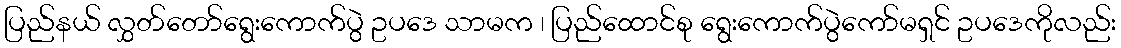
ပြည်နယ် လွှတ်တော်ရွေးကောက်ပွဲ ဥပဒေ သာမက ၊ ပြည်ထောင်စု ရွေးကောက်ပွဲကော်မရှင် ဥပဒေကိုလည်း